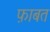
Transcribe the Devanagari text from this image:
फ़ाबत